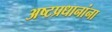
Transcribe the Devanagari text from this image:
अष्टप्रधानांना